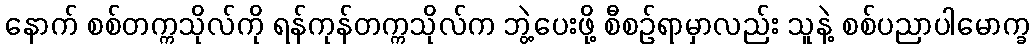
နောက် စစ်တက္ကသိုလ်ကို ရန်ကုန်တက္ကသိုလ်က ဘွဲ့ပေးဖို့ စီစဉ်ရာမှာလည်း သူနဲ့ စစ်ပညာပါမောက္ခ